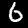
Digit: 6